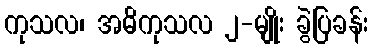
ကုသလ၊ အဓိကုသလ ၂-မျိုး ခွဲပြခန်း